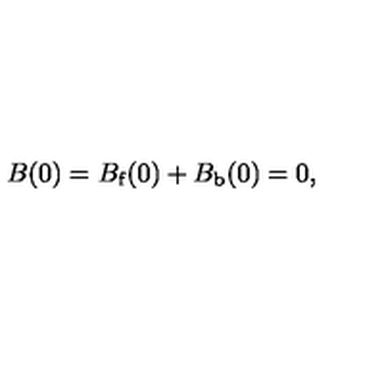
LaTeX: B ( 0 ) = B _ { \mathrm { f } } ( 0 ) + B _ { \mathrm { b } } ( 0 ) = 0 ,